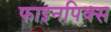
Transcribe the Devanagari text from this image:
फाइनपिक्स